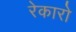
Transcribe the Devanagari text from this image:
रेकारो